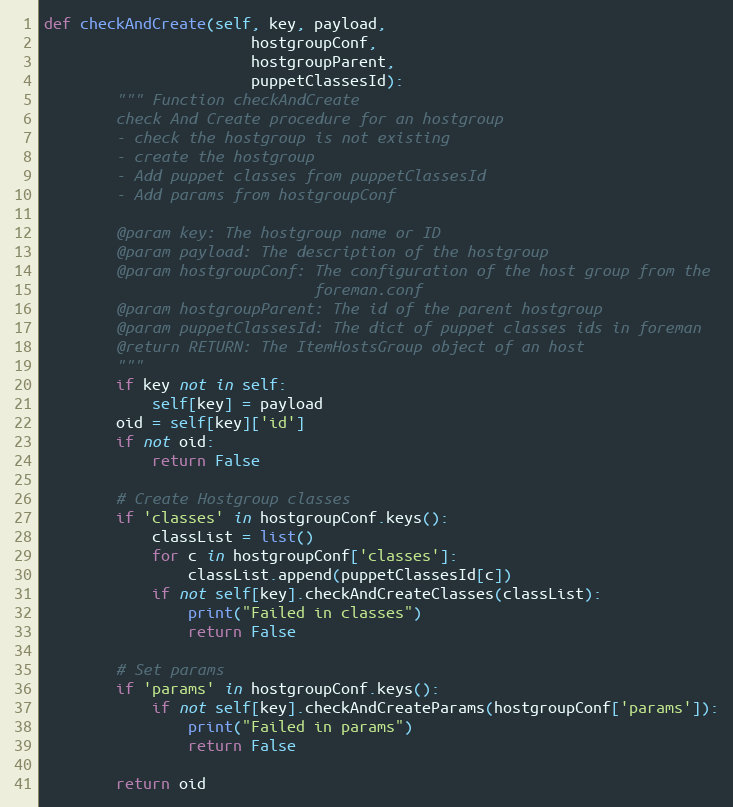
Language: Python
def checkAndCreate(self, key, payload,
                       hostgroupConf,
                       hostgroupParent,
                       puppetClassesId):
        """ Function checkAndCreate
        check And Create procedure for an hostgroup
        - check the hostgroup is not existing
        - create the hostgroup
        - Add puppet classes from puppetClassesId
        - Add params from hostgroupConf

        @param key: The hostgroup name or ID
        @param payload: The description of the hostgroup
        @param hostgroupConf: The configuration of the host group from the
                              foreman.conf
        @param hostgroupParent: The id of the parent hostgroup
        @param puppetClassesId: The dict of puppet classes ids in foreman
        @return RETURN: The ItemHostsGroup object of an host
        """
        if key not in self:
            self[key] = payload
        oid = self[key]['id']
        if not oid:
            return False

        # Create Hostgroup classes
        if 'classes' in hostgroupConf.keys():
            classList = list()
            for c in hostgroupConf['classes']:
                classList.append(puppetClassesId[c])
            if not self[key].checkAndCreateClasses(classList):
                print("Failed in classes")
                return False

        # Set params
        if 'params' in hostgroupConf.keys():
            if not self[key].checkAndCreateParams(hostgroupConf['params']):
                print("Failed in params")
                return False

        return oid